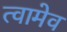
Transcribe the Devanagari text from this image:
त्वामेव